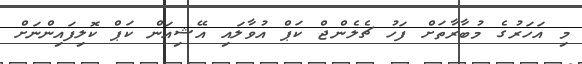
މި އަހަރުގެ މުބާރާތަށް ފަހު ޗެލެންޖް ކަޕް އުވާލައި އޭޝިއަން ކަޕް ކޮލިފައިންނަށް